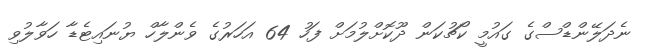
ނެދަލޭންޑްސްގެ ގައުމީ ކޯޗުކަން ދޫކޮށްލުމަށް ފަހު 64 އަހަރުގެ ވެންލާހް ޔުނައިޓެޑާ ހަވާލުވި